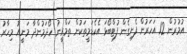
އުމުރުން 12 އަހަރުން ފެށިގެން ފުޓްބޯޅަ އެކެޑަމީތަކުން ތަމްރީނު ހޯދަމުންދާ މަނީއު މިހާރު